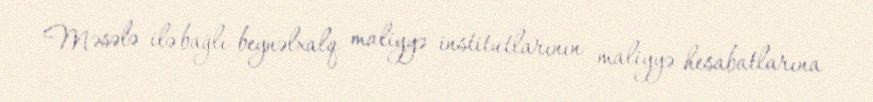
Məsələ ilə bağlı beynəlxalq maliyyə institutlarının maliyyə hesabatlarına